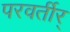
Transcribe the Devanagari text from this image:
परवर्तीर्